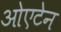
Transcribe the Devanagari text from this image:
ओएटेन